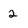
Character: 2